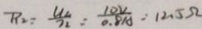
R _ { 2 } = \frac { U _ { 2 } } { I _ { 2 } } = \frac { 1 0 V } { 0 . 8 A } = 1 2 . 5 \Omega